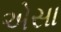
એસા